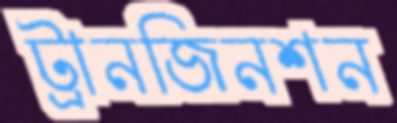
ট্রানজিনশন